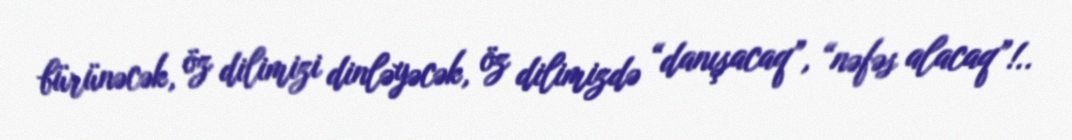
bürünəcək, öz dilimizi dinləyəcək, öz dilimizdə “danışacaq”, “nəfəs alacaq”!..